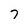
Character: 7